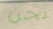
نحن